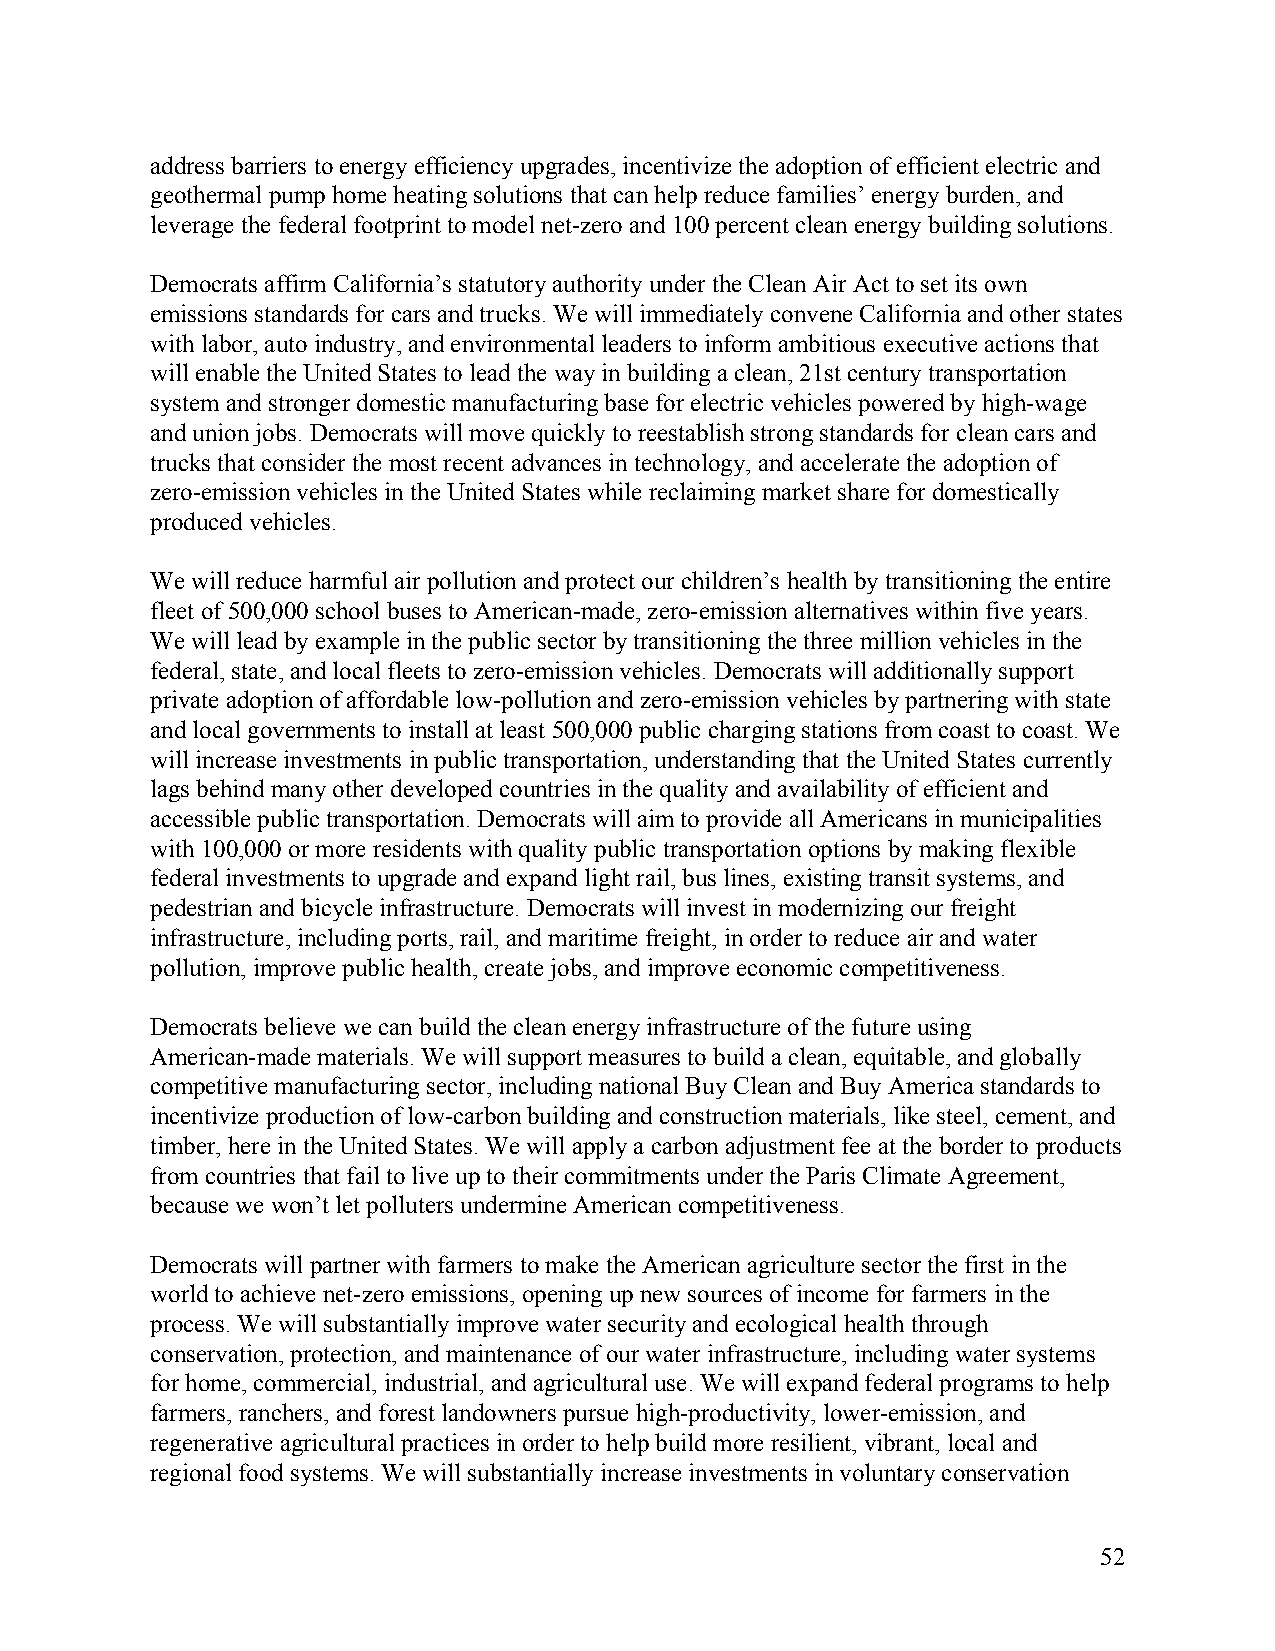
address barriers to energy efficiency upgrades, incentivize the adoption of efficient electric and
 geothermal pump home heating solutions that can help reduce families’ energy burden, and
 leverage the federal footprint to model net-zero and 100 percent clean energy building solutions.
 Democrats affirm California’s statutory authority under the Clean Air Act to set its own
 emissions standards for cars and trucks. We will immediately convene California and other states
 with labor, auto industry, and environmental leaders to inform ambitious executive actions that
 will enable the United States to lead the way in building a clean, 21st century transportation
 system and stronger domestic manufacturing base for electric vehicles powered by high-wage
 and union jobs. Democrats will move quickly to reestablish strong standards for clean cars and
 trucks that consider the most recent advances in technology, and accelerate the adoption of
 zero-emission vehicles in the United States while reclaiming market share for domestically
 produced vehicles.
 We will reduce harmful air pollution and protect our children’s health by transitioning the entire
 fleet of 500,000 school buses to American-made, zero-emission alternatives within five years.
 We will lead by example in the public sector by transitioning the three million vehicles in the
 federal, state, and local fleets to zero-emission vehicles. Democrats will additionally support
 private adoption of affordable low-pollution and zero-emission vehicles by partnering with state
 and local governments to install at least 500,000 public charging stations from coast to coast. We
 will increase investments in public transportation, understanding that the United States currently
 lags behind many other developed countries in the quality and availability of efficient and
 accessible public transportation. Democrats will aim to provide all Americans in municipalities
 with 100,000 or more residents with quality public transportation options by making flexible
 federal investments to upgrade and expand light rail, bus lines, existing transit systems, and
 pedestrian and bicycle infrastructure. Democrats will invest in modernizing our freight
 infrastructure, including ports, rail, and maritime freight, in order to reduce air and water
 pollution, improve public health, create jobs, and improve economic competitiveness.
 Democrats believe we can build the clean energy infrastructure of the future using
 American-made materials. We will support measures to build a clean, equitable, and globally
 competitive manufacturing sector, including national Buy Clean and Buy America standards to
 incentivize production of low-carbon building and construction materials, like steel, cement, and
 timber, here in the United States. We will apply a carbon adjustment fee at the border to products
 from countries that fail to live up to their commitments under the Paris Climate Agreement,
 because we won’t let polluters undermine American competitiveness.
 Democrats will partner with farmers to make the American agriculture sector the first in the
 world to achieve net-zero emissions, opening up new sources of income for farmers in the
 process. We will substantially improve water security and ecological health through
 conservation, protection, and maintenance of our water infrastructure, including water systems
 for home, commercial, industrial, and agricultural use. We will expand federal programs to help
 farmers, ranchers, and forest landowners pursue high-productivity, lower-emission, and
 regenerative agricultural practices in order to help build more resilient, vibrant, local and
 regional food systems. We will substantially increase investments in voluntary conservation
 52